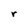
Character: r